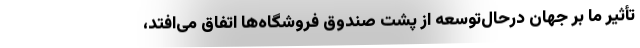
تأثیر ما بر جهان درحال‌توسعه از پشت صندوق فروشگاه‌ها اتفاق می‌افتد،